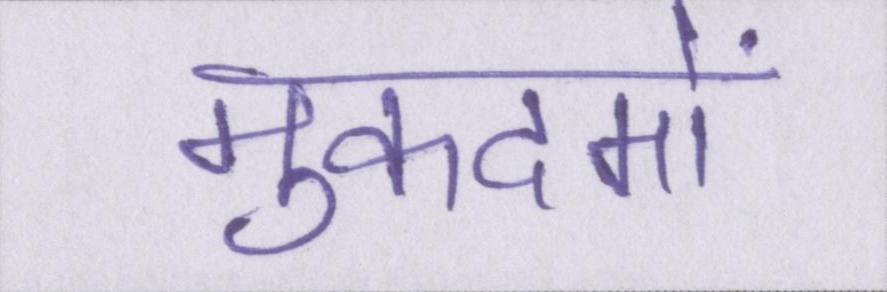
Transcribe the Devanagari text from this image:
मुकदमों